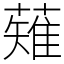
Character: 薙